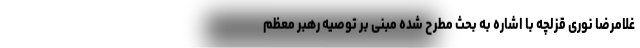
غلامرضا نوری قزلچه با اشاره به بحث مطرح شده مبنی بر توصیه رهبر معظم